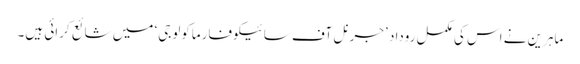
ماہرین نے اس کی مکمل روداد ’جرنل آف سائیکوفارماکولوجی‘ میں شائع کرائی ہیں۔